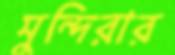
মুন্দিরার